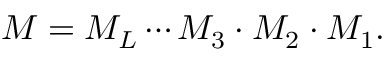
M = M _ { L } \cdots M _ { 3 } \cdot M _ { 2 } \cdot M _ { 1 } .